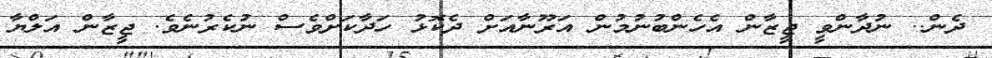
ދެން.. ނުދާންވީ ޖީޒާން އެހެންބުނުމުން އަރޫނާއަށް ދެކޮޅު ހަދާކަށްވެސް ނުކެރުނެވެ. ޖީޒާން އަލްޔާ